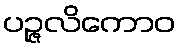
ပဉ္ဇလိကောဝ